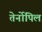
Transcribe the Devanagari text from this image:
तेर्नोपिल